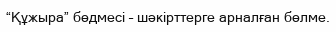
“Құжыра” бөдмесі – шәкірттерге арналған бөлме.